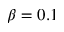
\beta = 0 . 1